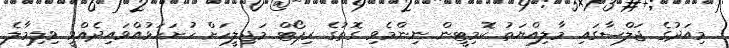
މިއަދުގެ ޖަލްސާގައި މާލިއްޔަތު ކޮމިޓީން ނިންމެވި ގޮތުގެ ރިޕޯޓް މަޖިލީހަށް ހުށަހަޅުއްވައިދެއްވީ ވިލިމާލެ